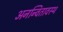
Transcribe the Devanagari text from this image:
अनन्वितावस्थ